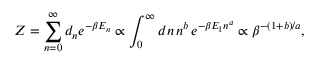
Z = \sum _ { n = 0 } ^ { \infty } d _ { n } e ^ { - \beta E _ { n } } \propto \int _ { 0 } ^ { \infty } d n \, n ^ { b } \, e ^ { - \beta E _ { 1 } n ^ { a } } \propto \beta ^ { - ( 1 + b ) / a } ,